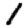
Digit: 1